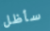
سأظل